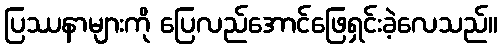
ပြဿနာများကို ပြေလည်အောင်ဖြေရှင်းခဲ့လေသည်။